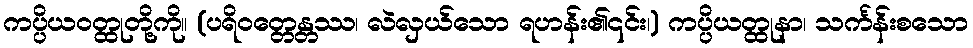
ကပ္ပိယဝတ္ထုတို့ကို။ (ပရိဝတ္တေန္တဿ၊ လဲလှယ်သော ရဟန်း၏၎င်း၊) ကပ္ပိယတ္ထုနာ၊ သင်္ကန်းစသော